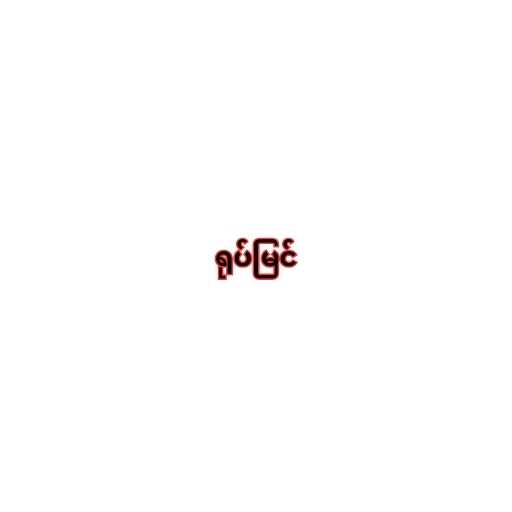
ရုပ်မြင်